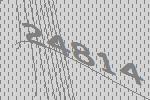
24814